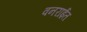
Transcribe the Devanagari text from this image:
वनराईत